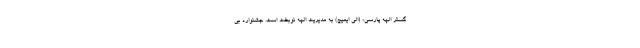
گستر الهه پارسی» (الی ایمیج) به مدیریت الهه نوبخت است. جشنواره بی